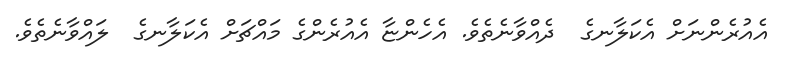
އެއުރެންނަށް އެކަލާނގެ  ދެއްވާނެތެވެ. އެހެންޏާ އެއުރެންގެ މައްޗަށް އެކަލާނގެ  ލައްވާނެތެވެ.